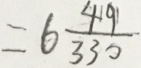
= 6 \frac { 4 9 } { 3 3 0 }